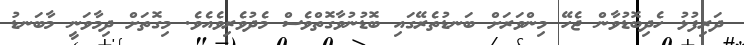
ދަރިފުޅު ހެދިބޮޑުވާން ޖެހޭ މިންވަރަށް ބަނޑުތެރޭގައި ބޮޑުނުވާގޮތްވެސް މެދުވެރިވެއެވެ. މިގޮތަށް ދިމާވަނީ މާބަނޑު